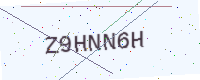
Text: Z9HNN6H